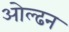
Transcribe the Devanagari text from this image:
ओल्ढन